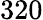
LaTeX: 320